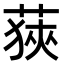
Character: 𦷈